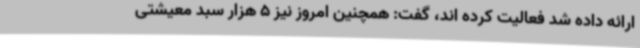
ارائه داده شد فعالیت کرده اند، گفت: همچنین امروز نیز 5 هزار سبد معیشتی